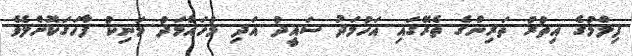
ފިލްމުގެ އިތުރު ތަރިންގެ ތެރޭގައި އަހުމަދު ސައީދު އަދި މުހައްމަދު މަނިކު ފާހަގަކޮށްލެވެ